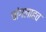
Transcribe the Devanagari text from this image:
चांगलाहच